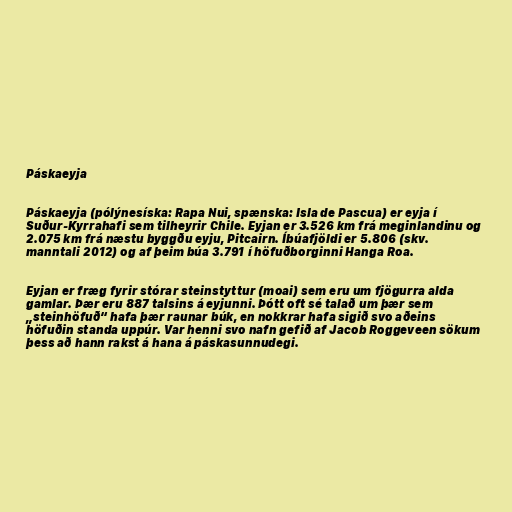
Páskaeyja

Páskaeyja (pólýnesíska: Rapa Nui, spænska: Isla de Pascua) er eyja í
Suður-Kyrrahafi sem tilheyrir Chile. Eyjan er 3.526 km frá meginlandinu og
2.075 km frá næstu byggðu eyju, Pitcairn. Íbúafjöldi er 5.806 (skv.
manntali 2012) og af þeim búa 3.791 í höfuðborginni Hanga Roa.

Eyjan er fræg fyrir stórar steinstyttur (moai) sem eru um fjögurra alda
gamlar. Þær eru 887 talsins á eyjunni. Þótt oft sé talað um þær sem
„steinhöfuð“ hafa þær raunar búk, en nokkrar hafa sigið svo aðeins
höfuðin standa uppúr. Var henni svo nafn gefið af Jacob Roggeveen sökum
þess að hann rakst á hana á páskasunnudegi.